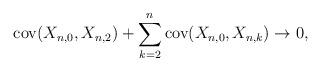
LaTeX: \begin{align*}\mathrm{cov}(X_{n,0},X_{n,2})+\sum_{k=2}^{n}\mathrm{cov}(X_{n,0},X_{n,k})\rightarrow0, \end{align*}